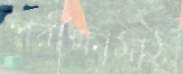
পরীক্ষামাঠ